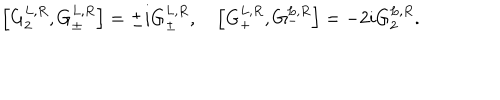
\left[ G _ { 2 } ^ { L , R } , G _ { \pm } ^ { L , R } \right] = \pm i G _ { \pm } ^ { L , R } , \quad \left[ G _ { + } ^ { L , R } , G _ { - } ^ { L , R } \right] = - 2 i G _ { 2 } ^ { L , R } .